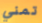
تمني